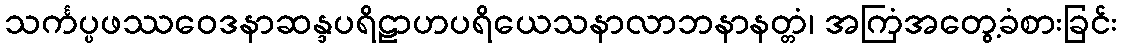
သင်္ကပ္ပဖဿဝေဒနာဆန္ဒပရိဠာဟပရိယေသနာလာဘနာနတ္တံ၊ အကြံအတွေ့ခံစားခြင်း